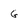
Character: G